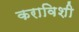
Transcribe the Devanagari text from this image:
कराविशी